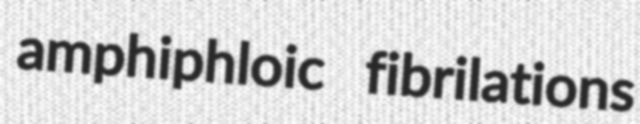
amphiphloic fibrilations